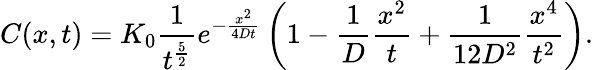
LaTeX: C(x,t)=K_{0}\frac{1}{t^{\frac{5}{2}}}e^{-\frac{x^{2}}{4Dt}}\left(1-\frac{1}{D}\frac{x^{2}}{t}+\frac{1}{12D^{2}}\frac{x^{4}}{t^{2}}\right).